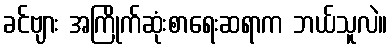
ခင်ဗျား အကြိုက်ဆုံးစာရေးဆရာက ဘယ်သူလဲ။